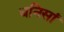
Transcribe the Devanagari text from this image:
धनिसां